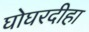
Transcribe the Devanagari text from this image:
घोघरदीहा